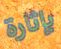
بإثارة